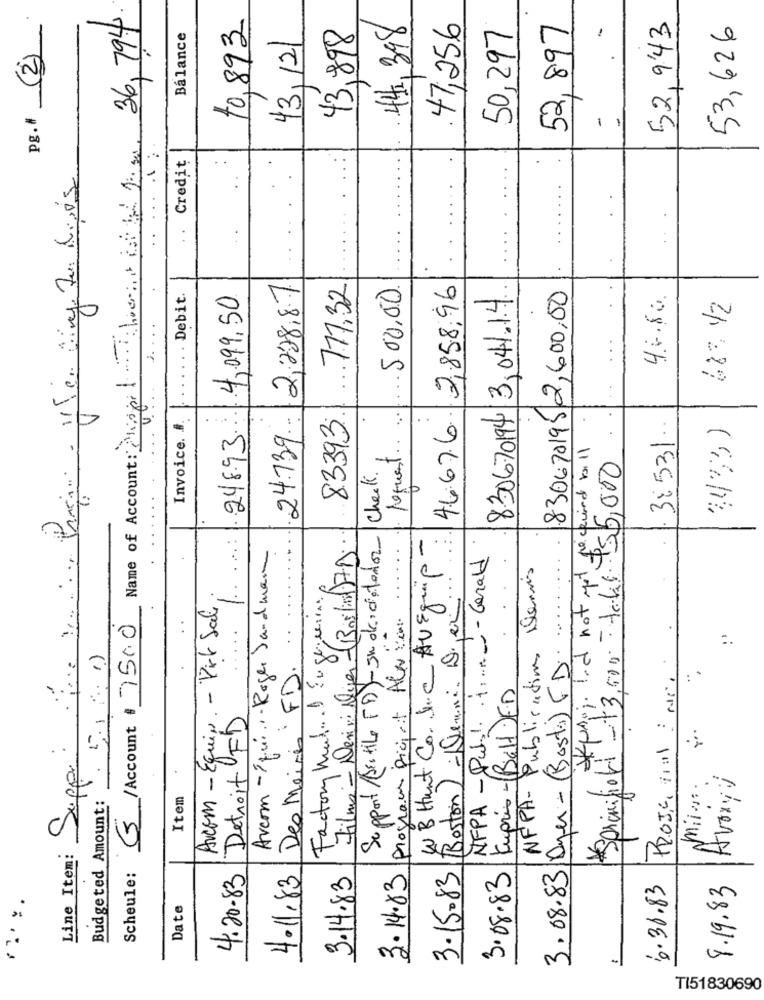
36, 794.
10,893
44,398
47,256
50,297
52,897
52, 943
53,626
(2)
Balance
43, 12/
43,898
pg.#
-
-
Name of Account: Shopethvert ist to 2. su
Credit
2,228.87
717.32
500.00
46676 2,858,96
830670195 2,600,00
Debit.
4,099.50
830670194 3,041.14
46.80.
688. 12
2 ....
4
83393.
24.739 ..
Invoice. #
248.93
.
4433)
request ..
3:531.
=
nord-13,000 -t6 55,000
Check.
Support /Bottle [D)-En okidieterion
Name of
Avcom - Squ .... Roger Sandman
WB Hunt Co. J.C AVEquip-
NFPA - Pull. ..... - Gerald
2
NFPA- Publications Dennis
Factory Med .. . Engeneering
(Boston) - Deuni Der
Avcom - Equip. - Virk Sale
3 /Account$ 7500
Films - Devivirlger (Bo)
Program picjait Alex van.
Suppe: .
3.08.83|Dyer -(Bosti) FD.
Budgeted Amount: 5.1.10
PROJE, 1001 : 15.
Des Maires FD.
Kupris -Bal JED
Detroit FD
...
Avoine
miles.
Item
Line Item:
Scheule:
4.20-83
4.11.83
3.14.83
3.14.83
3.15.83
3.08.83
8.19.83
6.30.83
Date
TI51830690